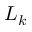
L _ { k }